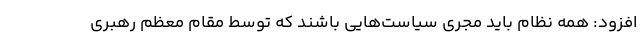
افزود: همه نظام باید مجری سیاست‌هایی باشند که توسط مقام معظم رهبری